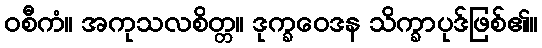
ဝစီကံ။ အကုသလစိတ္တ။ ဒုက္ခဝေဒန သိက္ခာပုဒ်ဖြစ်၏။